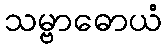
သမ္ဗာဓောယံ